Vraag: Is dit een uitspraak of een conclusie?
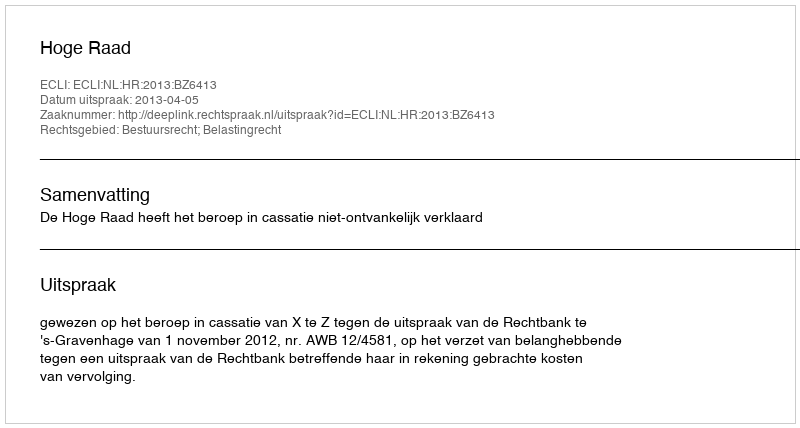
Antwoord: Uitspraak